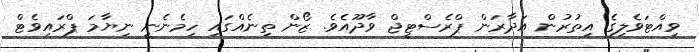
ވިއްޓަވެލިގެ އިތުރުން އަދާރަން ޕްރެސްޓީޖް ވާދޫއެވެ. ޒޯން ތިނެއްގައި ހިމެނެނީ ނިޔާމަ ޕްރައިވެޓް